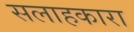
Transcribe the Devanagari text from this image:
सलाहकारा